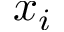
x _ { i }